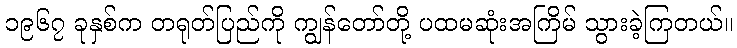
၁၉၆၇ ခုနှစ်က တရုတ်ပြည်ကို ကျွန်တော်တို့ ပထမဆုံးအကြိမ် သွားခဲ့ကြတယ်။